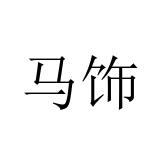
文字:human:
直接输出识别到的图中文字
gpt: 马饰